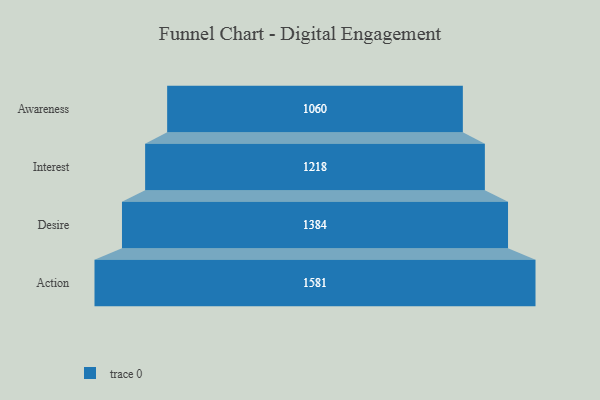
{"axis": {"x": "Stage", "y": "Value"}, "legend": [""], "data": [{"x": "Awareness", "y": 1060.0, "type": ""}, {"x": "Interest", "y": 1218.0, "type": ""}, {"x": "Desire", "y": 1384.0, "type": ""}, {"x": "Action", "y": 1581.0, "type": ""}]}